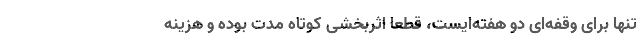
تنها برای وقفه‌ای دو هفته‌ایست، قطعا اثربخشی کوتاه مدت بوده و هزینه